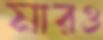
মারও